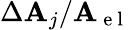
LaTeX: \Delta\mathbf{A}_{j}/\mathbf{A}_{\mathrm{{~e~l~}}}